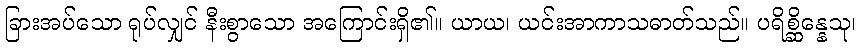
ခြားအပ်သော ရုပ်လျှင် နီးစွာသော အကြောင်းရှိ၏။ ယာယ၊ ယင်းအာကာသဓာတ်သည်။ ပရိစ္ဆိန္နေသု၊